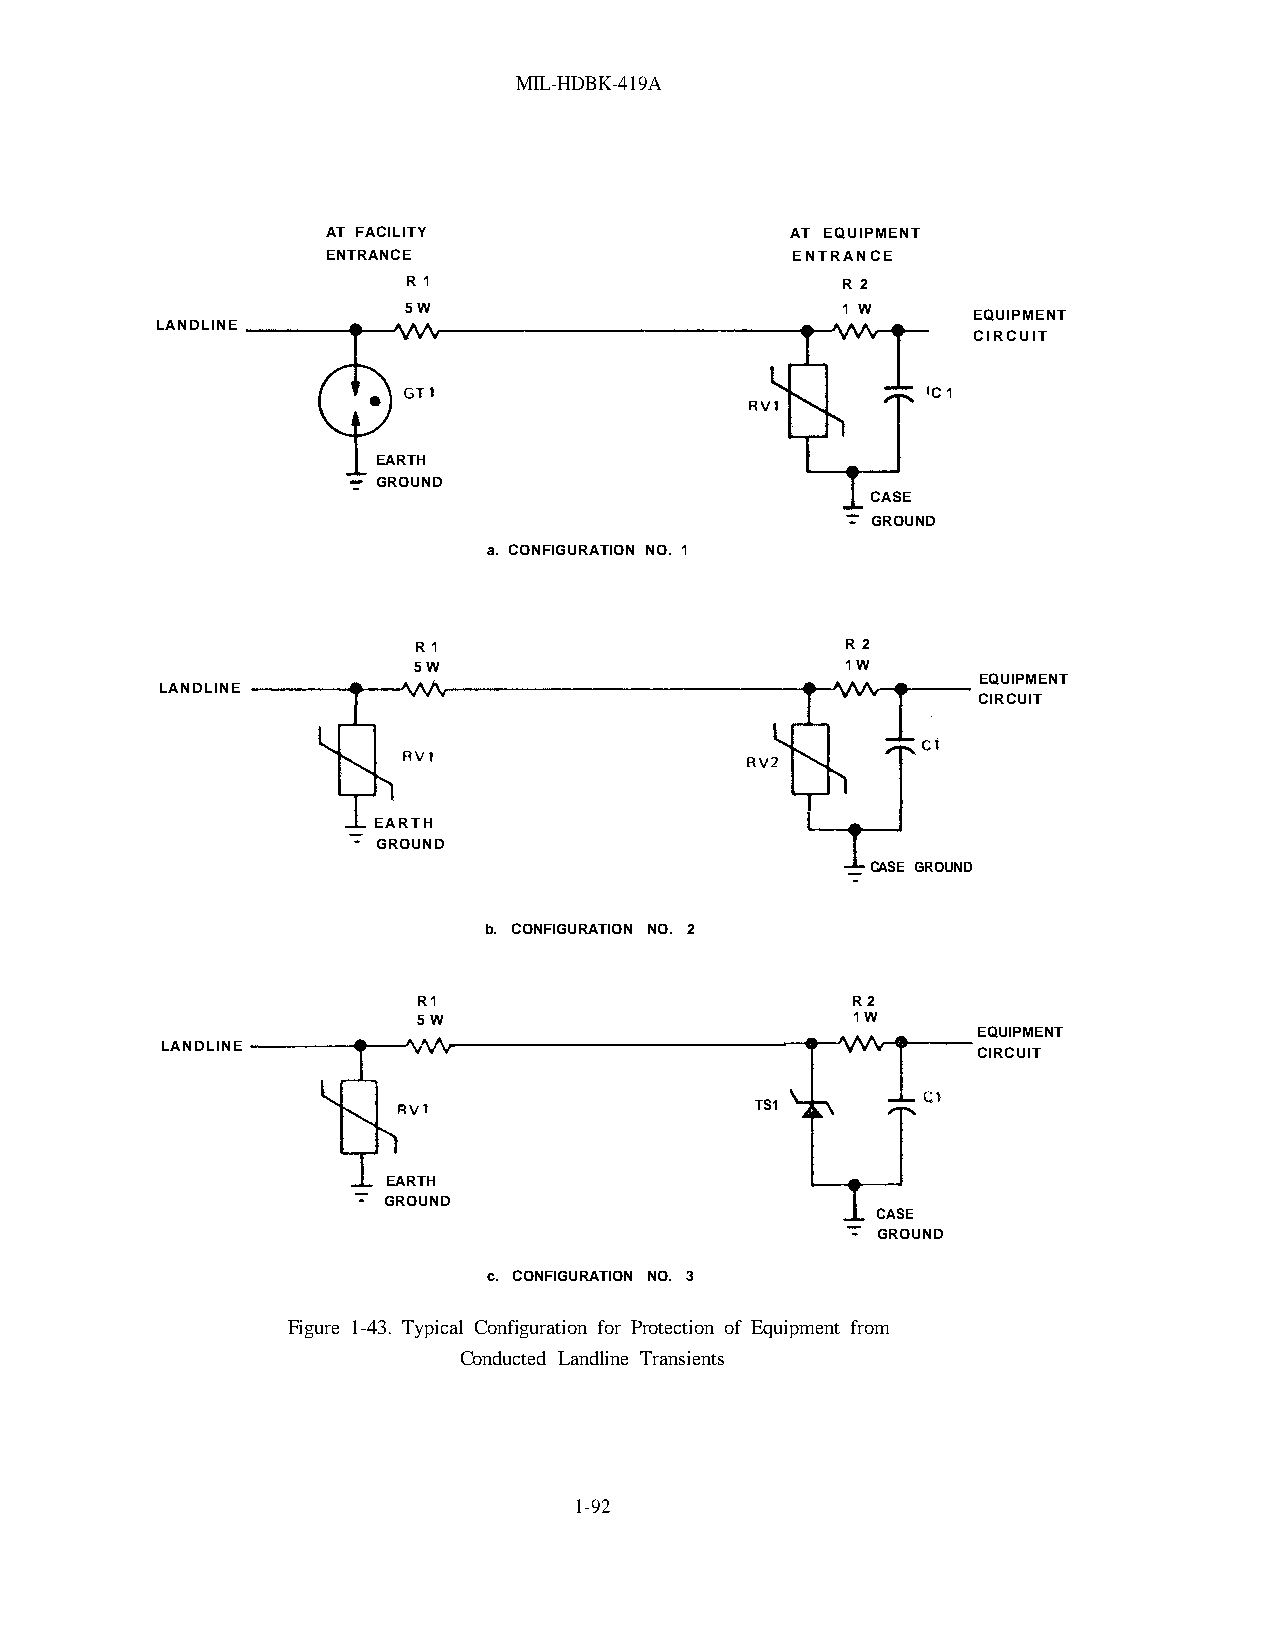
MIL-HDBK-419A
 AT FACILITY                   AT EQUIPMENT
 ENTRANCE                      ENTRANCE
 R1                           R2
 5W                           1W
 EQUIPMENT
 LANDLINE
 CIRCUIT
 C1
 EARTH
 GROUND
 CASE
 GROUND
 a. CONFIGURATION NO. 1
 R1                           R2
 5W                           1W
 EQUIPMENT
 LANDLINE
 CIRCUIT
 EARTH
 GROUND
 CASE GROUND
 b. CONFIGURATION NO. 2
 R1                          R2
 5W                          1W
 EQUIPMENT
 LANDLINE
 CIRCUIT
 TS1
 EARTH
 GROUND
 CASE
 GROUND
 c. CONFIGURATION NO. 3
 Figure 1-43. Typical Configuration for Protection of Equipment from
 Conducted Landline Transients
 1-92